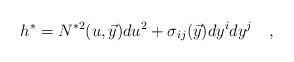
LaTeX: \begin{align*}h^\ast= N^{\ast 2}(u,{\vec y})du^2 + \sigma_{ij}(\vec y)dy^idy^j\quad , \end{align*}